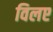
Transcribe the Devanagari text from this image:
विलए